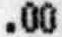
.00